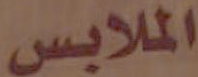
الملابس